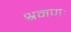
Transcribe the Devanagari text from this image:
श्रमणः